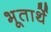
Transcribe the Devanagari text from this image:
भूतार्थे